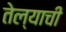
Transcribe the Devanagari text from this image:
तेल्याची